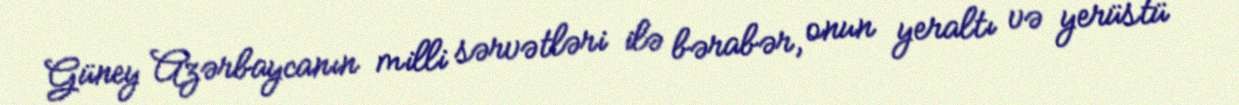
Güney Azərbaycanın milli sərvətləri ilə bərabər, onun yeraltı və yerüstü